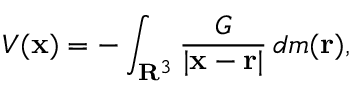
V ( \mathbf { x } ) = - \int _ { \mathbf { R } ^ { 3 } } { \frac { G } { | \mathbf { x } - \mathbf { r } | } } \, d m ( \mathbf { r } ) ,